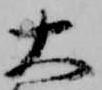
大